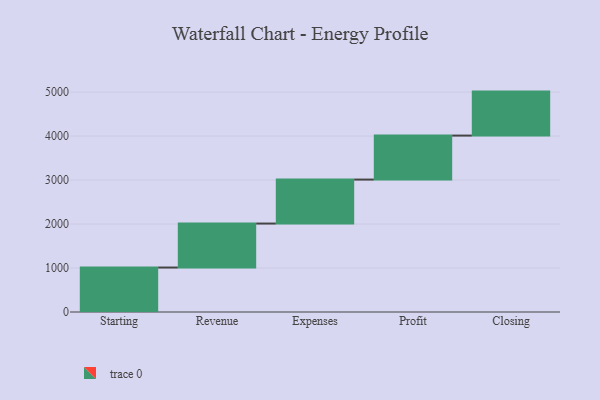
{"axis": {"x": "Step", "y": "Value"}, "legend": [""], "data": [{"x": "Starting", "y": 1011.0, "type": ""}, {"x": "Revenue", "y": 1000, "type": ""}, {"x": "Expenses", "y": 1000, "type": ""}, {"x": "Profit", "y": 1000, "type": ""}, {"x": "Closing", "y": 1000, "type": ""}]}